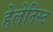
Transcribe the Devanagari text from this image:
हेलेनिस्ट